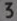
3